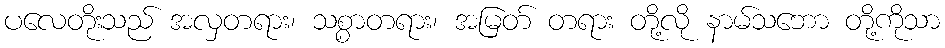
ပလေတိုးသည် အလှတရား၊ သစ္စာတရား၊ အမြတ် တရား တို့လို နာမ်သဘော တို့ကိုသာ